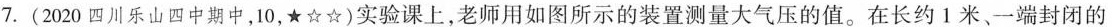
7.(2020四川乐山四中期中，10，★☆☆)实验课上，老师用如图所示的装置测量大气压的值。在长约1米、一端封闭的